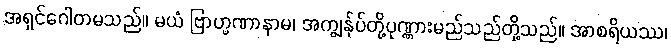
အရှင်ဂေါတမသည်။ မယံ ဗြာဟ္မဏာနာမ၊ အကျွန်ုပ်တို့ပုဏ္ဏားမည်သည်တို့သည်။ အာစရိယဿ၊